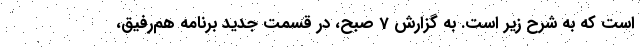
است که به شرح زیر است. به گزارش 7 صبح، در قسمت جدید برنامه هم‌رفیق،